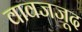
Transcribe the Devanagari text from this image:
वावजजूद